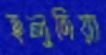
হলুদিয়া